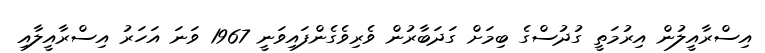
އިސްރާއީލުން އިރުމަތީ ގުދުސްގެ ބިމަށް ގަދަބާރުން ވެރިވެގެންފައިވަނީ 1967 ވަނަ އަހަރު އިސްރާއީލާއި